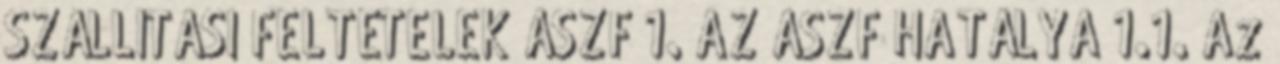
SZÁLLÍTÁSI FELTÉTELEK ÁSZF 1. AZ ÁSZF HATÁLYA 1.1. Az